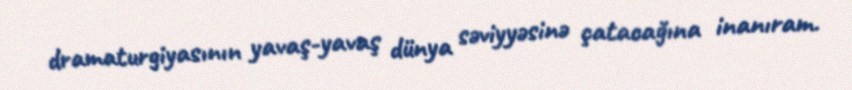
dramaturgiyasının yavaş-yavaş dünya səviyyəsinə çatacağına inanıram.